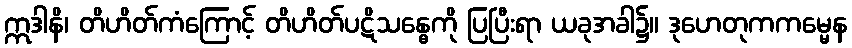
ဣဒါနိ၊ တိဟိတ်ကံကြောင့် တိဟိတ်ပဋိသန္ဓေကို ပြပြီးရာ ယခုအခါ၌။ ဒုဟေတုကကမ္မေန